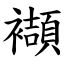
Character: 襭